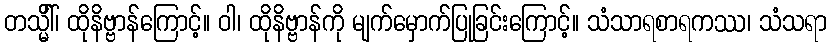
တသ္မိံါ်၊ ထိုနိဗ္ဗာန်ကြောင့်။ ဝါ၊ ထိုနိဗ္ဗာန်ကို မျက်မှောက်ပြုခြင်းကြောင့်။ သံသာရစာရကဿ၊ သံသရာ